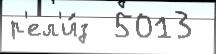
р'ел'и́з  5013